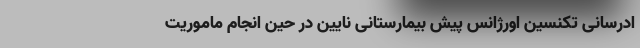
ادرسانی تکنسین اورژانس پیش بیمارستانی نایین در حین انجام ماموریت